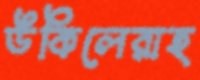
উকিলেরাহ